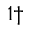
^ { 1 \dagger }